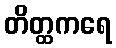
တိတ္ထကရေ